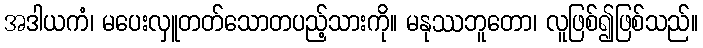
အဒါယကံ၊ မပေးလှူတတ်သောတပည့်သားကို။ မနုဿဘူတော၊ လူဖြစ်၍ဖြစ်သည်။